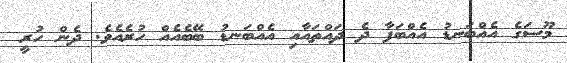
މޫސަގެ އެއްބަނޑު އެއްބަފާ ދެ ދައްތައާއި އެއްބަނޑު ބޭބެއެއް ހުރެއެވެ. ދެން ހުރީ